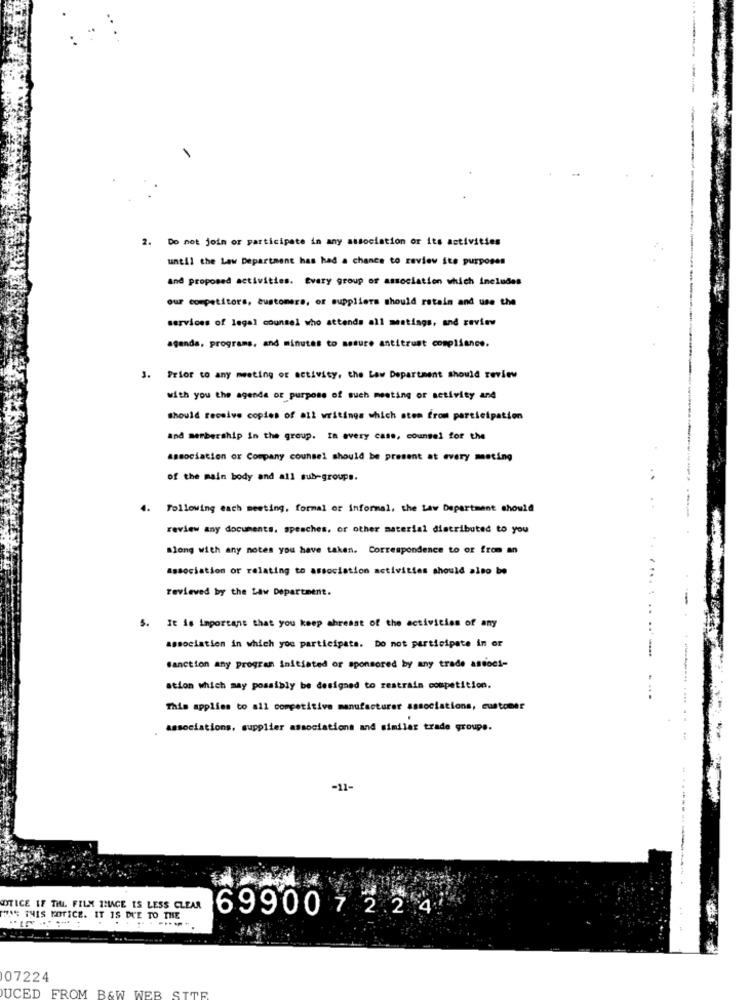
2. Do not join or participate in any association or its activities
until the Law Department has had a chance to review ite purposes
and proposed activities. Every group of association which includes
our competitors, customers, or suppliers should retain and use the
services of legal counsel who attends all meetings, and review
agenda, programs, and minutes to mesure antitrust compliance.
3. Prior to any meeting of activity, the Law Department should review
with you the agenda of purpose of such meeting or activity and
should receive copies of all writings which stem from participation
and membership in the group. In every case, counsel for the
association or Company counsel should be present at every meting
of the main body and all sub-groups.
..
4.
Following each meeting, formal or informal, the Law Department should
review any documents. speaches, or other material distributed to you
along with any notes you have taken. Correspondence to or from an
Association or relating to association activities should also be
reviewed by the Law Department.
..
5. It is important that you keep abreast of the activities of any
association in which you participate. Do not participate in or
-.-
sanction any program Initiated or sponsored by any trade andoci-
ation which may possibly be designed to restrain competition.
This applies to all competitive manufacturer associations, customer
associations, supplier associations and similar trade groups.
-11-
OTICE IF THI. FILM IMAGE IS LESS CLEAR
THIS NOTICE. IT IS DUE TO THE
69900 7 2 24
07224
UCED FROM B&W WEB SITE